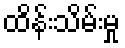
ထိန်းသိမ်းမှု